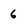
Character: 6